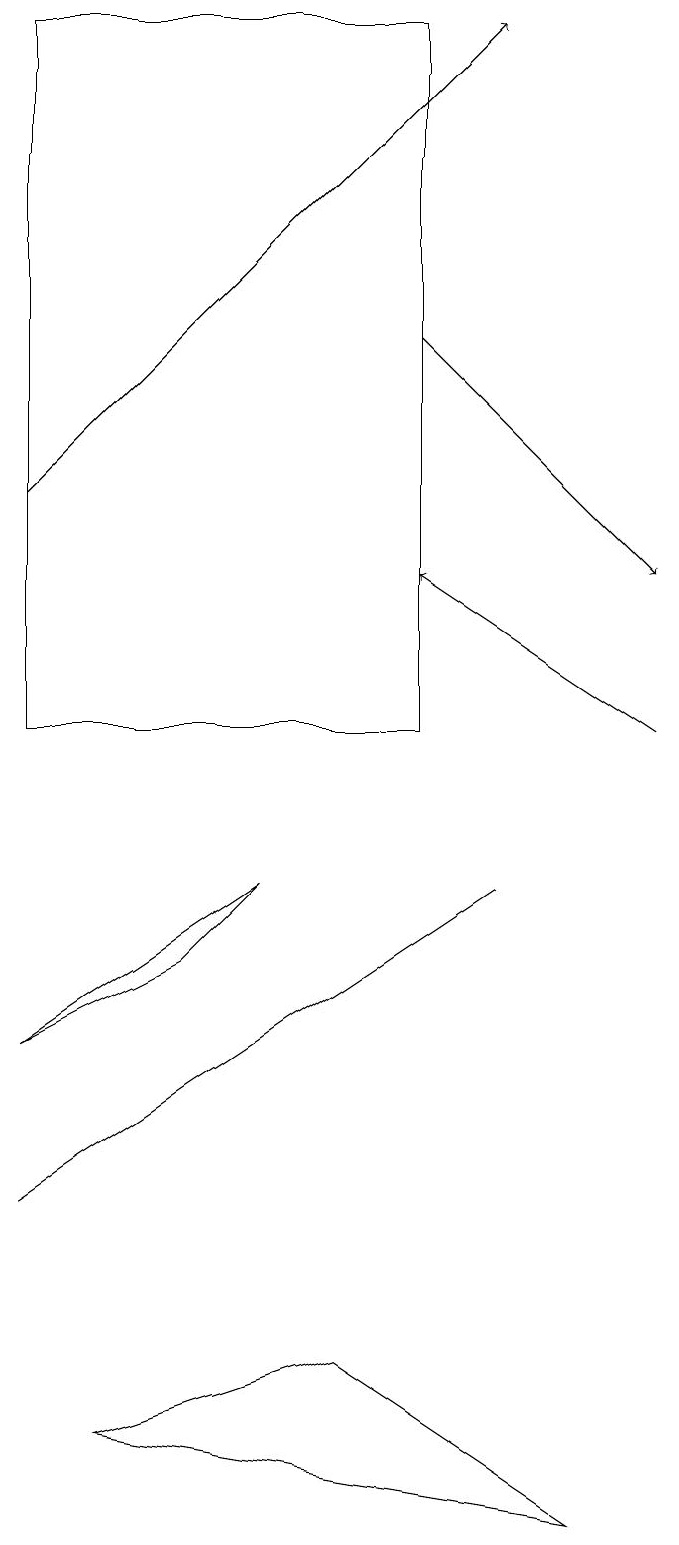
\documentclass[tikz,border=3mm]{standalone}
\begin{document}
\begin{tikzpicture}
\draw[->] (1,13) -- (7,19);
\draw (7,8) -- (4,6) -- (1,4) -- cycle;
\draw (2,1) -- (5,2) -- (8,0) -- cycle;
\draw (1,19) rectangle (6,10);
\draw[->] (9,10) -- (6,12);
\draw[->] (6,15) -- (9,12);
\draw (3,7) -- (4,8) -- (1,6) -- cycle;
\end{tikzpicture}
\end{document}